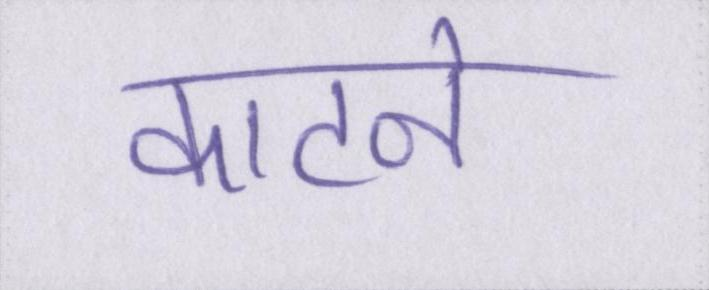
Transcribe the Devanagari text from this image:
काटने